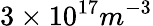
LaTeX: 3\times 10^{17}m^{-3}